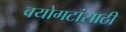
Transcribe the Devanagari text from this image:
वयोगटांसाठी